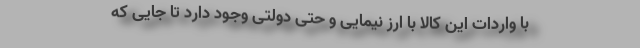
با واردات این کالا با ارز نیمایی و حتی دولتی وجود دارد تا جایی که